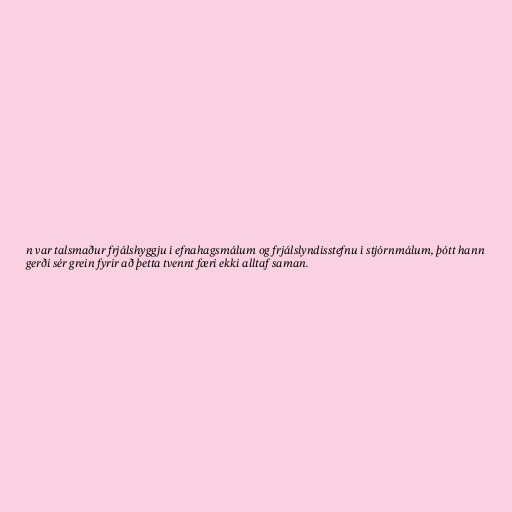
n var talsmaður frjálshyggju í efnahagsmálum og frjálslyndisstefnu í stjórnmálum, þótt hann
gerði sér grein fyrir að þetta tvennt færi ekki alltaf saman.